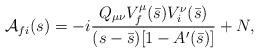
LaTeX: \begin{align*}{\cal A}_{fi}(s)=-i\frac{Q_{\mu\nu}V_f^\mu(\bar s)V_i^\nu(\bar s)}{(s-\bar s)[1-A^\prime(\bar s)]}+N,\end{align*}